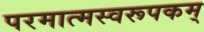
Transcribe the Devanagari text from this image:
परमात्मस्वरूपकम्